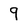
Character: 9